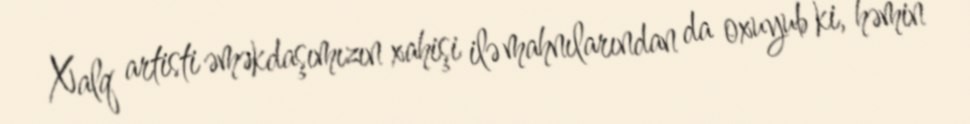
Xalq artisti əməkdaşımızın xahişi ilə mahnılarından da oxuyub ki, həmin